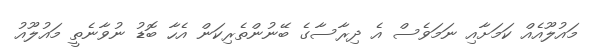
މައުލޫއެއް ކަމަށާއި ނަމަވެސް އެ ދިރާސާގެ ބޭނުންތެރިކަން އެހާ ބޮޑު ނުވާނެތީ މައުލޫއު